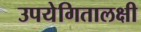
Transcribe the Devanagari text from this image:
उपयेगितालक्षी